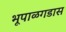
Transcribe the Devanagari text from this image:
भूपाळगडास